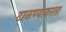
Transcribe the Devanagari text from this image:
टाळण्याकरता